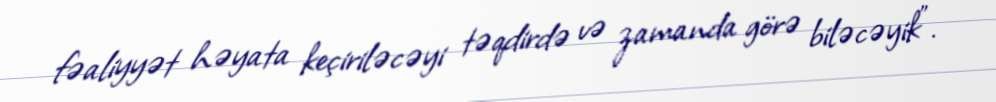
fəaliyyət həyata keçiriləcəyi təqdirdə və zamanda görə biləcəyik”.